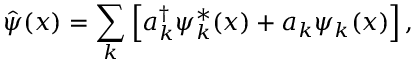
\hat { \psi } ( x ) = \sum _ { k } \left[ a _ { k } ^ { \dagger } \psi _ { k } ^ { * } ( x ) + a _ { k } \psi _ { k } ( x ) \right] ,